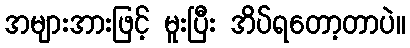
အများအားဖြင့် မူးပြီး အိပ်ရတော့တာပဲ။